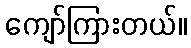
ကျော်ကြားတယ်။